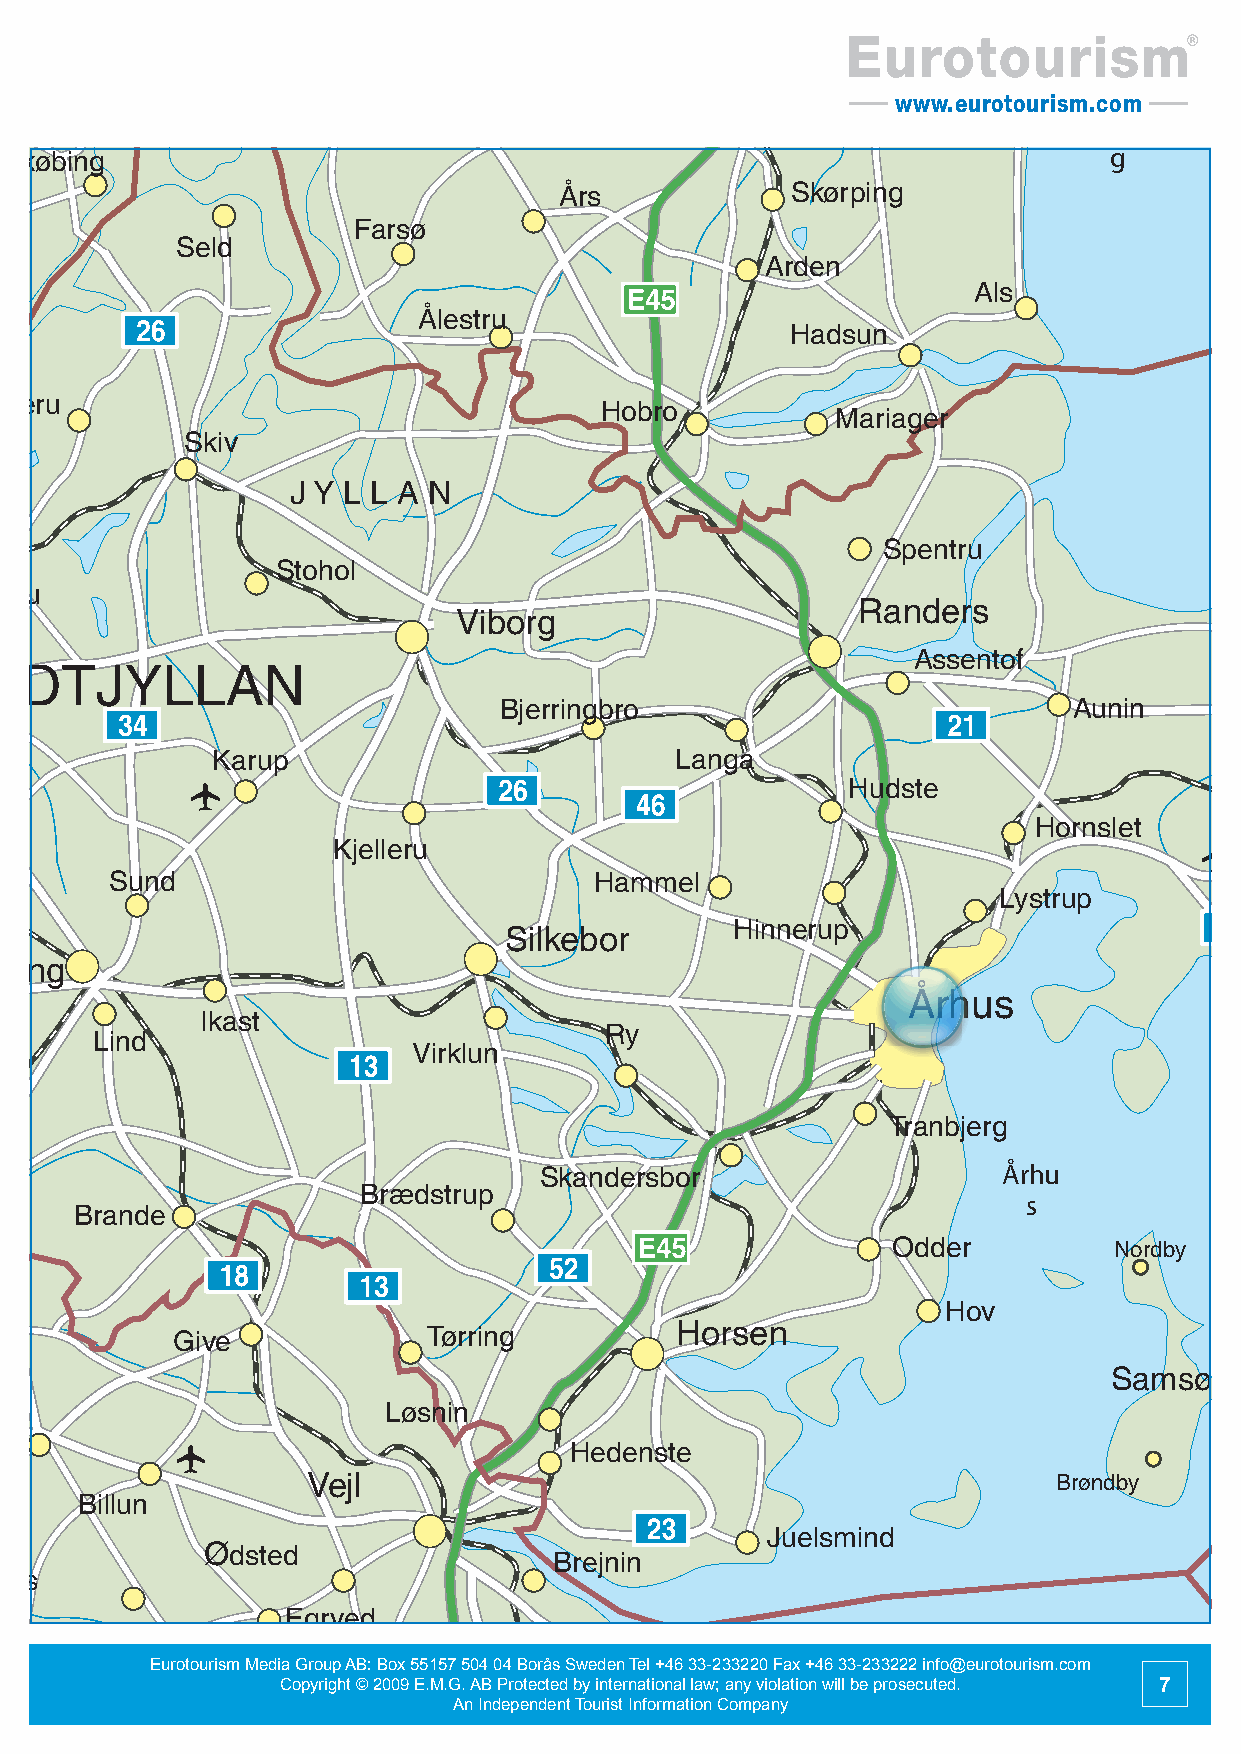
Eurotourism
 www.eurotourism.com
 Støvring
 Ålbor
 Nykøbing                                                                 g
 Års            Skørping
 Hurup
 Farsø
 Mors
 Seld
 Thyborøn
 Arden
 Als
 Nissum                      Ålestru
 Hadsun
 Brednin
 Balleru
 Hobro
 Mariager
 Anhol
 Skiv
 Lemvi
 J Y L L A N
 K a  t t e g a t
 Struet
 Spentru
 Stohol
 Vinderu
 Randers
 Torsminde                     Viborg
 Holstebr
 Assentof
 MIDTJYLLAN
 Bjerringbro                           Aunin             Grenå
 Sønder
 Karup                          Langa
 Hudste
 Ulfsborg
 Avlum                                                               Hornslet
 Kjelleru
 Sund                            Hammel
 Videbjer                                                          Lystrup
 Hinnerup
 Silkebor
 Ringkøbin Herning
 Århus                  Ebeltof
 Ikast
 Videbæ                                  Ry
 Lind
 Hvide                      Virklun
 Sand
 Kibæk
 Ring-
 Tranbjerg
 købin Skjern
 g                                   Skandersbor                   Århu
 Brædstrup
 Tarm Brande                                                         s                                           Hesselø Bugt
 Odder          Nordby                      Havnebye                          Frederiks-
 værk
 Hov
 Give             Tørring          Horsen                                                           Nykøbing
 Hundeste
 Nørre Ølgod
 Samsø
 Sejer
 Nebel                                                                                 t                       ø
 Løsnin                                                      æl                                          Isefj.
 B
 Grindsted
 Hedenste                                                                                       Frederikssun
 ø                      Asnæs
 s
 Vejl                                              Brøndby       m
 Billun                                                                        a
 S
 Juelsmind                                                       SJÆ   L L A N
 Oksbøl       Ødsted
 Brejnin
 Varde
 Vorbass
 Svinning
 Blåvan             Egrved                                                               Kalundbor
 Agerbæk                                                                                                                  Holbæk
 Fredericia
 Eurotourism Media Group AB: Box 55157 504 04 Borås Sweden Tel +46 33-233220 Fax +46 33-233222 info@eurotourism.com
 Copyright © 2009 E.M.G. AB Protected by international law; any violation will be prosecuted. 7
 An Independent Tourist Information Company